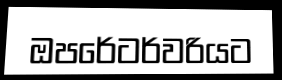
ඔපරේටර්වරියට